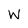
Character: W